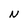
Character: N